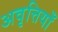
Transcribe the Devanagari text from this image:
अवृत्तियाँ